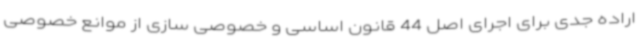
اراده جدی برای اجرای اصل 44 قانون اساسی و خصوصی سازی از موانع خصوصی